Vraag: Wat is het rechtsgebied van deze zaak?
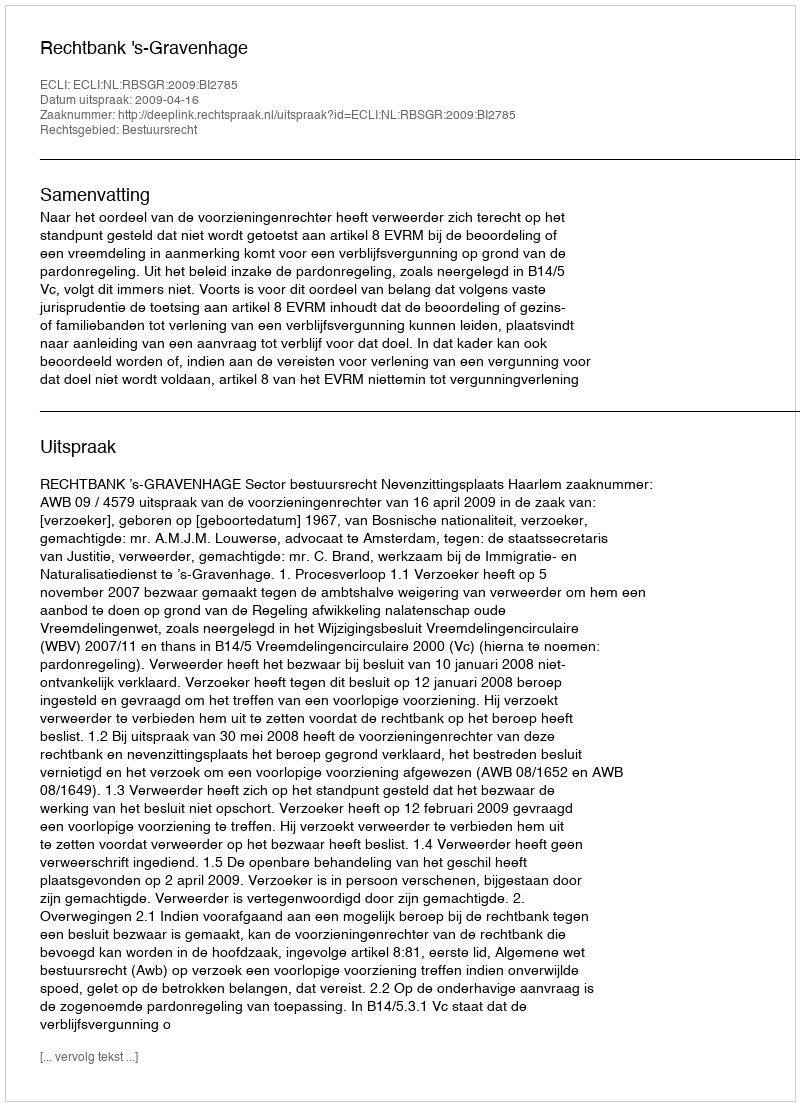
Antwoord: Bestuursrecht